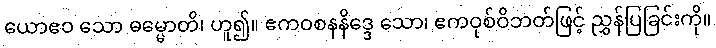
ယောဧဝ သော ဓမ္မောတိ၊ ဟူ၍။ ဧကဝစနနိဒ္ဒေ သော၊ ဧကဝုစ်ဝိဘတ်ဖြင့် ညွှန်ပြခြင်းကို။